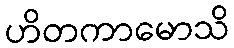
ဟိတကာမောသိ